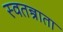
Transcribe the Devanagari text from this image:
स्वतन्त्राता